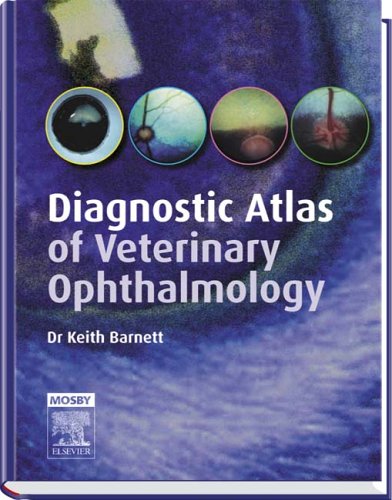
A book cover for Diagnostic Atlas of Veterinary Ophthalmology, 2e; Keith C. Barnett OBE  MA  PhD  BSc  DVOphthal  FRCVS  DipECVO; Medical Books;